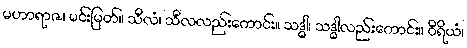
မဟာရာဇ၊ မင်းမြတ်။ သီလံ၊ သီလလည်းကောင်း။ သဒ္ဓါ၊ သဒ္ဓါလည်းကောင်း။ ဝီရိယံ၊